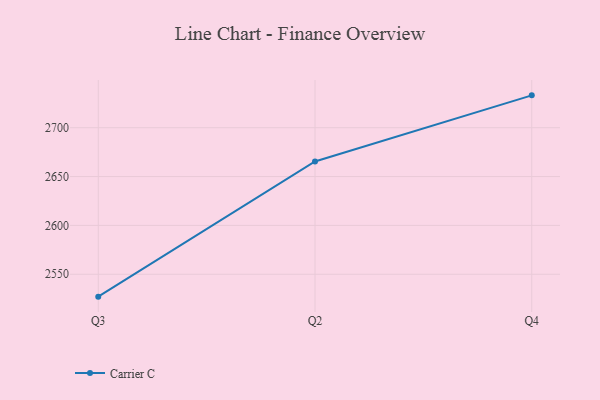
{"axis": {"x": "Quarter", "y": "Temperature (°C)"}, "legend": ["Carrier C"], "data": [{"x": "Q3", "y": 2527.1, "type": "Carrier C"}, {"x": "Q2", "y": 2665.4, "type": "Carrier C"}, {"x": "Q4", "y": 2733.1, "type": "Carrier C"}]}